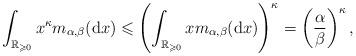
LaTeX: \begin{align*}\int_{\mathbb{R}_{\geqslant0}}x^{\kappa}m_{\alpha,\beta}(\mathrm{d}x)\leqslant\left(\int_{\mathbb{R}_{\geqslant0}}xm_{\alpha,\beta}(\mathrm{d}x)\right)^{\kappa}=\left(\frac{\alpha}{\beta}\right)^{\kappa},\end{align*}